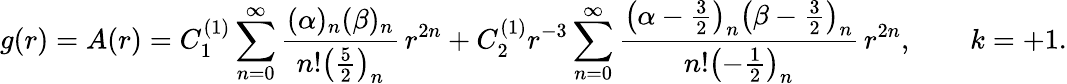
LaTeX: g(r)=A(r)=C_{1}^{(1)}\sum_{n=0}^{\infty}\frac{(\alpha)_{n}(\beta)_{n}}{n!\left(\frac 52\right)_{n}}\, r^{2n}+C_{2}^{(1)}r^{-3}\sum_{n=0}^{\infty}\frac{\left(\alpha-\frac 32\right)_{n}\left(\beta-\frac 32\right)_{n}}{n!\left(-\frac 12\right)_{n}}\, r^{2n},\qquad k=+1.